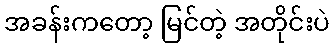
အခန်းကတော့ မြင်တဲ့ အတိုင်းပဲ